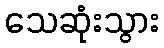
သေဆုံးသွား